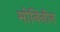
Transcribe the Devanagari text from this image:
मोनिनीन